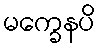
မက္ခေနပိ